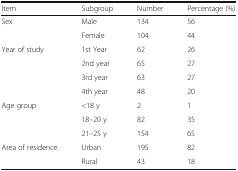
<table><thead><tr><td><b>Item</b></td><td><b>Subgroup</b></td><td><b>Number</b></td><td><b>Percentage (%)</b></td></tr></thead><tbody><tr><td rowspan="2">Sex</td><td>Male</td><td>134</td><td>56</td></tr><tr><td>Female</td><td>104</td><td>44</td></tr><tr><td rowspan="4">Year of study</td><td>1st Year</td><td>62</td><td>26</td></tr><tr><td>2nd year</td><td>65</td><td>27</td></tr><tr><td>3rd year</td><td>63</td><td>27</td></tr><tr><td>4th year</td><td>48</td><td>20</td></tr><tr><td rowspan="3">Age group</td><td>&lt;18 y</td><td>2</td><td>1</td></tr><tr><td>18–20 y</td><td>82</td><td>35</td></tr><tr><td>21–25 y</td><td>154</td><td>65</td></tr><tr><td rowspan="2">Area of residence</td><td>Urban</td><td>195</td><td>82</td></tr><tr><td>Rural</td><td>43</td><td>18</td></tr></tbody></table>